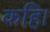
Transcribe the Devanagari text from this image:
कहि।